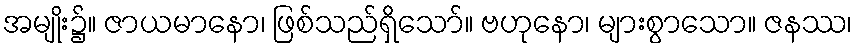
အမျိုး၌။ ဇာယမာနော၊ ဖြစ်သည်ရှိသော်။ ဗဟုနော၊ များစွာသော။ ဇနဿ၊